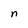
Character: n